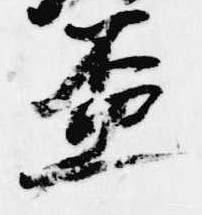
盃